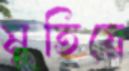
মুতিয়ে